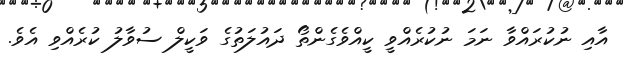
އާއި ނުކުރައްވާ ނަމަ ނުކުރެއްވީ ކީއްވެގެންތޯ ދައުލަތުގެ ވަކީލް ސުވާލު ކުރެއްވި އެވެ.